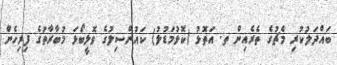
ބައްދަލުކުރި މެޗުގެ ތެރެއިން ތ. އަތޮޅު (ކޮޅުމަޑުލު) ކައުންސިލުގެ ވޮލީބޯޅަ މުބާރާތުގެ ފިރިހެން